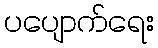
ပပျောက်ရေး